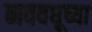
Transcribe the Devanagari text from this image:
नववधूच्या